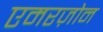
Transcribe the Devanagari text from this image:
एमरज़ोन